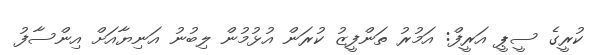
ކުރީގެ ސީޕީ އަރީފް: އަމުރު ތަންފީޒު ކުރަން އުޅުމުން ލިބުނު އަނިޔާއަށް އިންސާފު